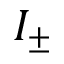
I _ { \pm }